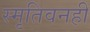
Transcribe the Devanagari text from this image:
स्मृतिवनही